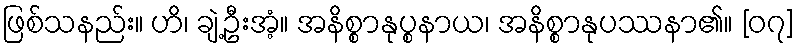
ဖြစ်သနည်း။ ဟိ၊ ချဲ့ဦးအံ့။ အနိစ္စာနုပ္စနာယ၊ အနိစ္စာနုပဿနာ၏။ [၀၇]